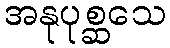
အနုပုစ္ဆသေ